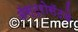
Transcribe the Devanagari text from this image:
ॲस्ट्रोसॅटचे